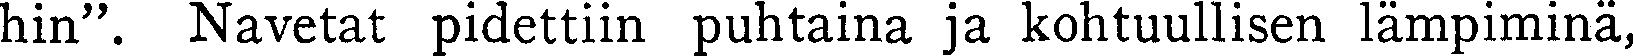
hin". Navetat pidettiin puhtaina ja kohtuullisen lämpiminä,